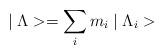
LaTeX: \begin{align*}\mid \Lambda > = \sum_{i} m_{i} \mid \Lambda_{i} >\end{align*}